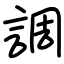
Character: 調